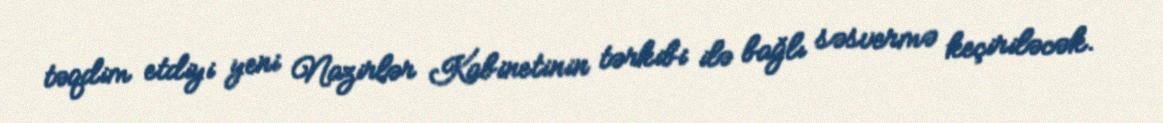
təqdim etdiyi yeni Nazirlər Kabinetinin tərkibi ilə bağlı səsvermə keçiriləcək.